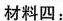
材料四：